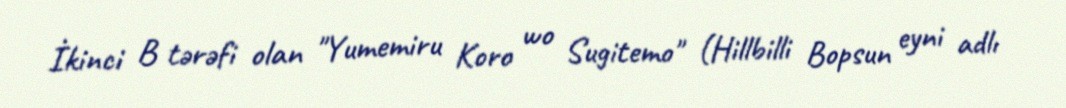
İkinci B tərəfi olan "Yumemiru Koro wo Sugitemo" (Hillbilli Bopsun eyni adlı